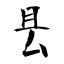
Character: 县